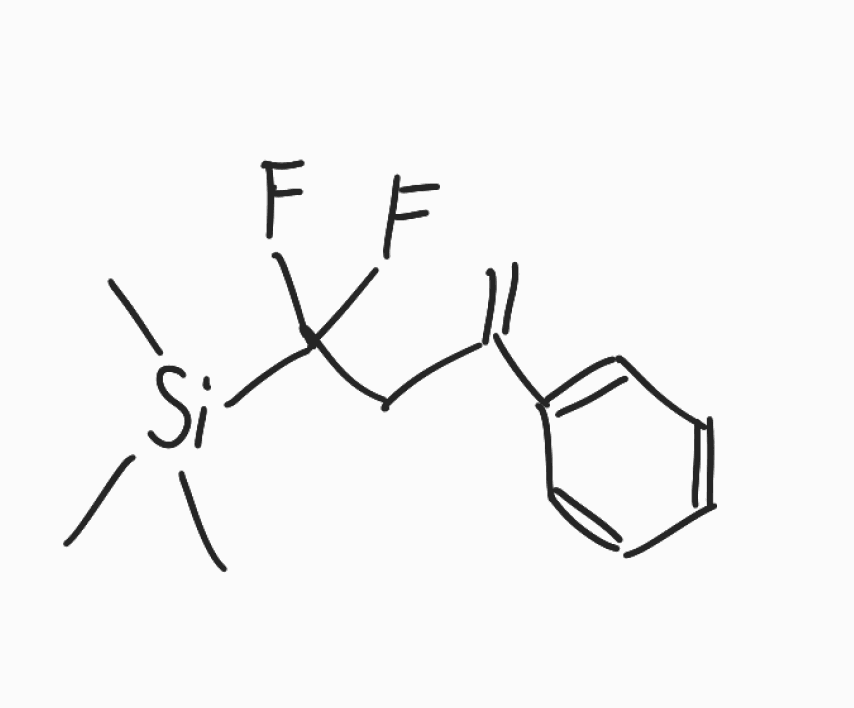
Simplified molecular-input line-entry system (SMILES) notation of the given molecule:
C[Si](C)(C)C(CC(=C)C1=CC=CC=C1)(F)F